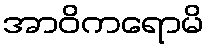
အာဝိကရောမိ